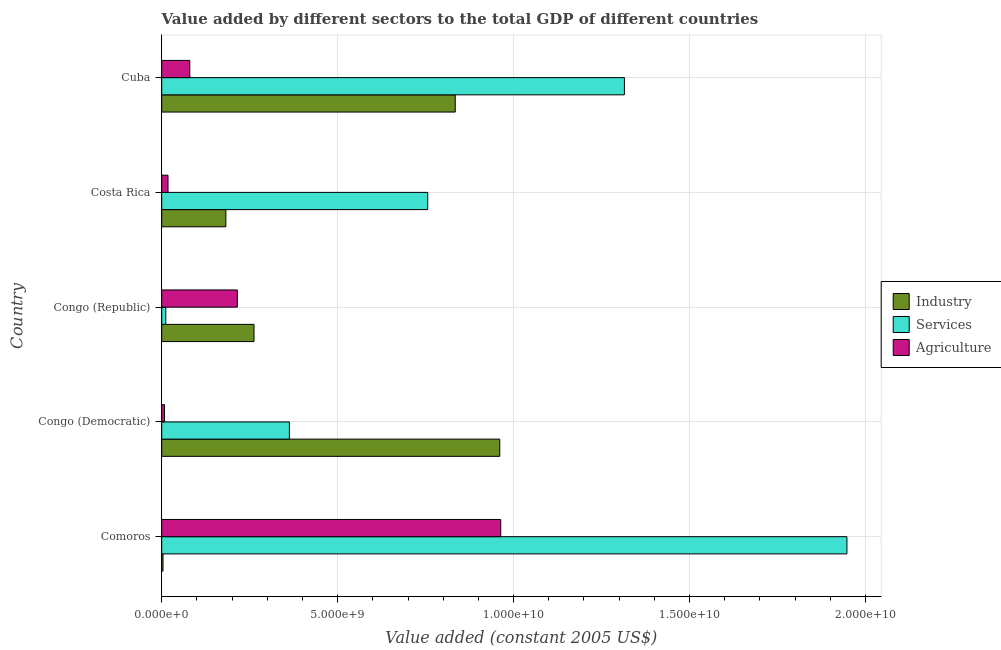
| Country | Industry | Services | Agriculture |
 | --- | --- | --- | --- |
 | Comoros | 3.69e+07 | 1.95e+10 | 9.64e+09 |
 | Congo (Democratic) | 9.61e+09 | 3.63e+09 | 7.98e+07 |
 | Congo (Republic) | 2.62e+09 | 1.16e+08 | 2.15e+09 |
 | Costa Rica | 1.82e+09 | 7.56e+09 | 1.79e+08 |
 | Cuba | 8.34e+09 | 1.32e+10 | 7.98e+08 |